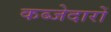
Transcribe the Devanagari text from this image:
कब्जेदारों